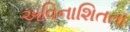
અવિનાશિતતા